Indian journal of veterinary science and animal husbandry - Volume 1,
Year: 1931
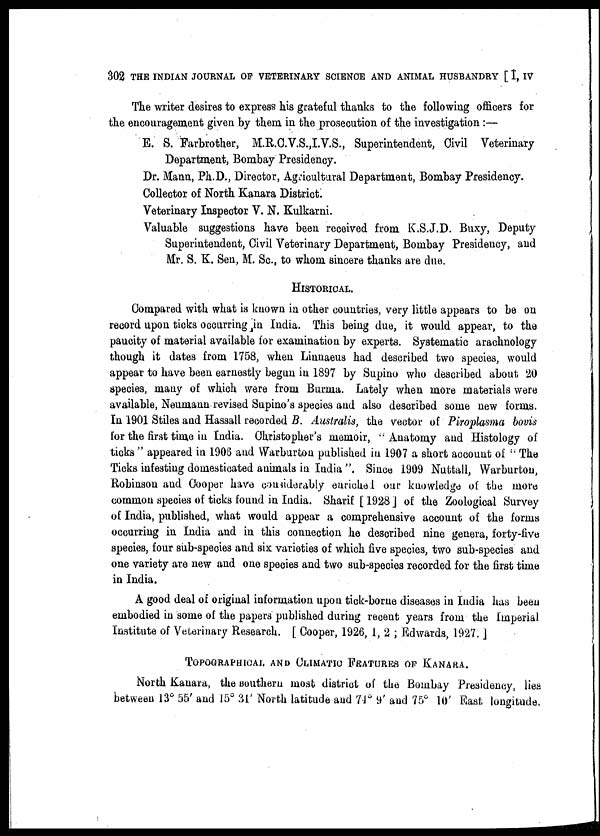
302 THE INDIAN JOURNAL OF VETERINARY SCIENCE AND ANIMAL HUSBANDRY [ I, IV
The writer desires to express his grateful thanks to the following officers for
the encouragement given by them in the prosecution of the investigation :—
E. S. Farbrother, M.R.C.V.S.,I.V.S., Superintendent, Civil Veterinary
Department, Bombay Presidency.
Dr. Mann, Ph.D., Director, Agricultural Department, Bombay Presidency.
Collector of North Kanara District.
Veterinary Inspector V. N. Kulkarni.
Valuable suggestions have been received from K.S.J.D. Buxy, Deputy
Superintendent, Civil Veterinary Department, Bombay Presidency, and
Mr. S. K. Sen, M. Sc., to whom sincere thanks are due.
HISTORICAL.
Compared with what is known in other countries, very little appears to be on
record upon ticks occurring in India. This being due, it would appear, to the
paucity of material available for examination by experts. Systematic arachnology
though it dates from 1758, when Linnaeus had described two species, would
appear to have been earnestly begun in 1897 by Supino who described about 20
species, many of which were from Burma. Lately when more materials were
available, Neumann revised Supino's species and also described some new forms.
In 1901 Stiles and Hassall recorded B. Australis, the vector of Piroplasma bovis
for the first time in India. Christopher's memoir, " Anatomy and Histology of
ticks " appeared in 1906 and Warburton published in 1907 a short account of " The
Ticks infesting domesticated animals in India ". Since 1909 Nuttall, Warburton,
Robinson and Cooper have considerably enriched our knowledge of the more
common species of ticks found in India. Sharif [ 1928 ] of the Zoological Survey
of India, published, what would appear a comprehensive account of the forms
occurring in India and in this connection he described nine genera, forty-five
species, four sub-species and six varieties of which five species, two sub-species and
one variety are new and one species and two sub-species recorded for the first time
in India.
A good deal of original information upon tick-borne diseases in India has been
embodied in some of the papers published during recent years from the Imperial
Institute of Veterinary Research. [ Cooper, 1926, 1, 2 ; Edwards, 1927. ]
TOPOGRAPHICAL AND CLIMATIC FEATURES OF KANARA.
North Kanara, the southern most district of the Bombay Presidency, lies
between 13° 55' and 15° 31' North latitude and 74° 9' and 75° 10' East longitude.